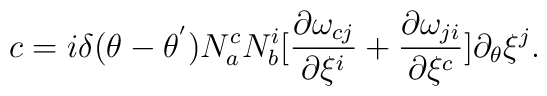
c=i{\delta}(\theta -{\theta}^{'})N_a^c N_b^i[\frac{{\partial}{\omega}_{cj}}{{\partial{\xi}^i}} + \frac{{\partial}{\omega}_{ji}}{{\partial{\xi}^c}}]\partial_{\theta}{\xi}^j.